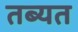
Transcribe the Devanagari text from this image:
तब्यत